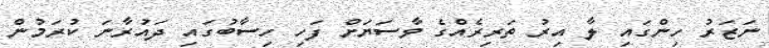
ނަޒަރު ހިންގައި ލާ އިރު ތަރިރެއްގެ ވާސަޔަށް ފަހި ހިސާބުގައި ދައުރާނަ ކުރަމުން